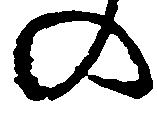
の